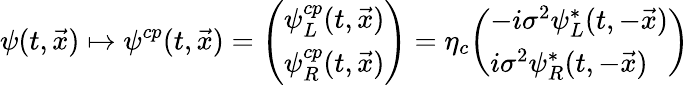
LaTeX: \psi(t,{\vec{x}})\mapsto\psi^{cp}(t,{\vec{x}})={\left(\begin{array}{l}{\psi_{L}^{cp}(t,{\vec{x}})}\\ {\psi_{R}^{cp}(t,{\vec{x}})}\end{array}\right)}=\eta_{c}{\left(\begin{array}{l}{-i\sigma^{2}\psi_{L}^{*}(t,-{\vec{x}})}\\ {i\sigma^{2}\psi_{R}^{*}(t,-{\vec{x}})}\end{array}\right)}